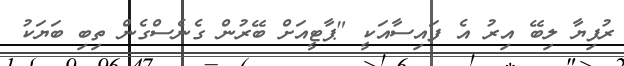
ރުފިޔާ ލިބޭ އިރު އެ ފައިސާއަކީ "ޕާޓީއަށް ބޭރުން ގެނެސްގެން ތިބި ބަޔަކު